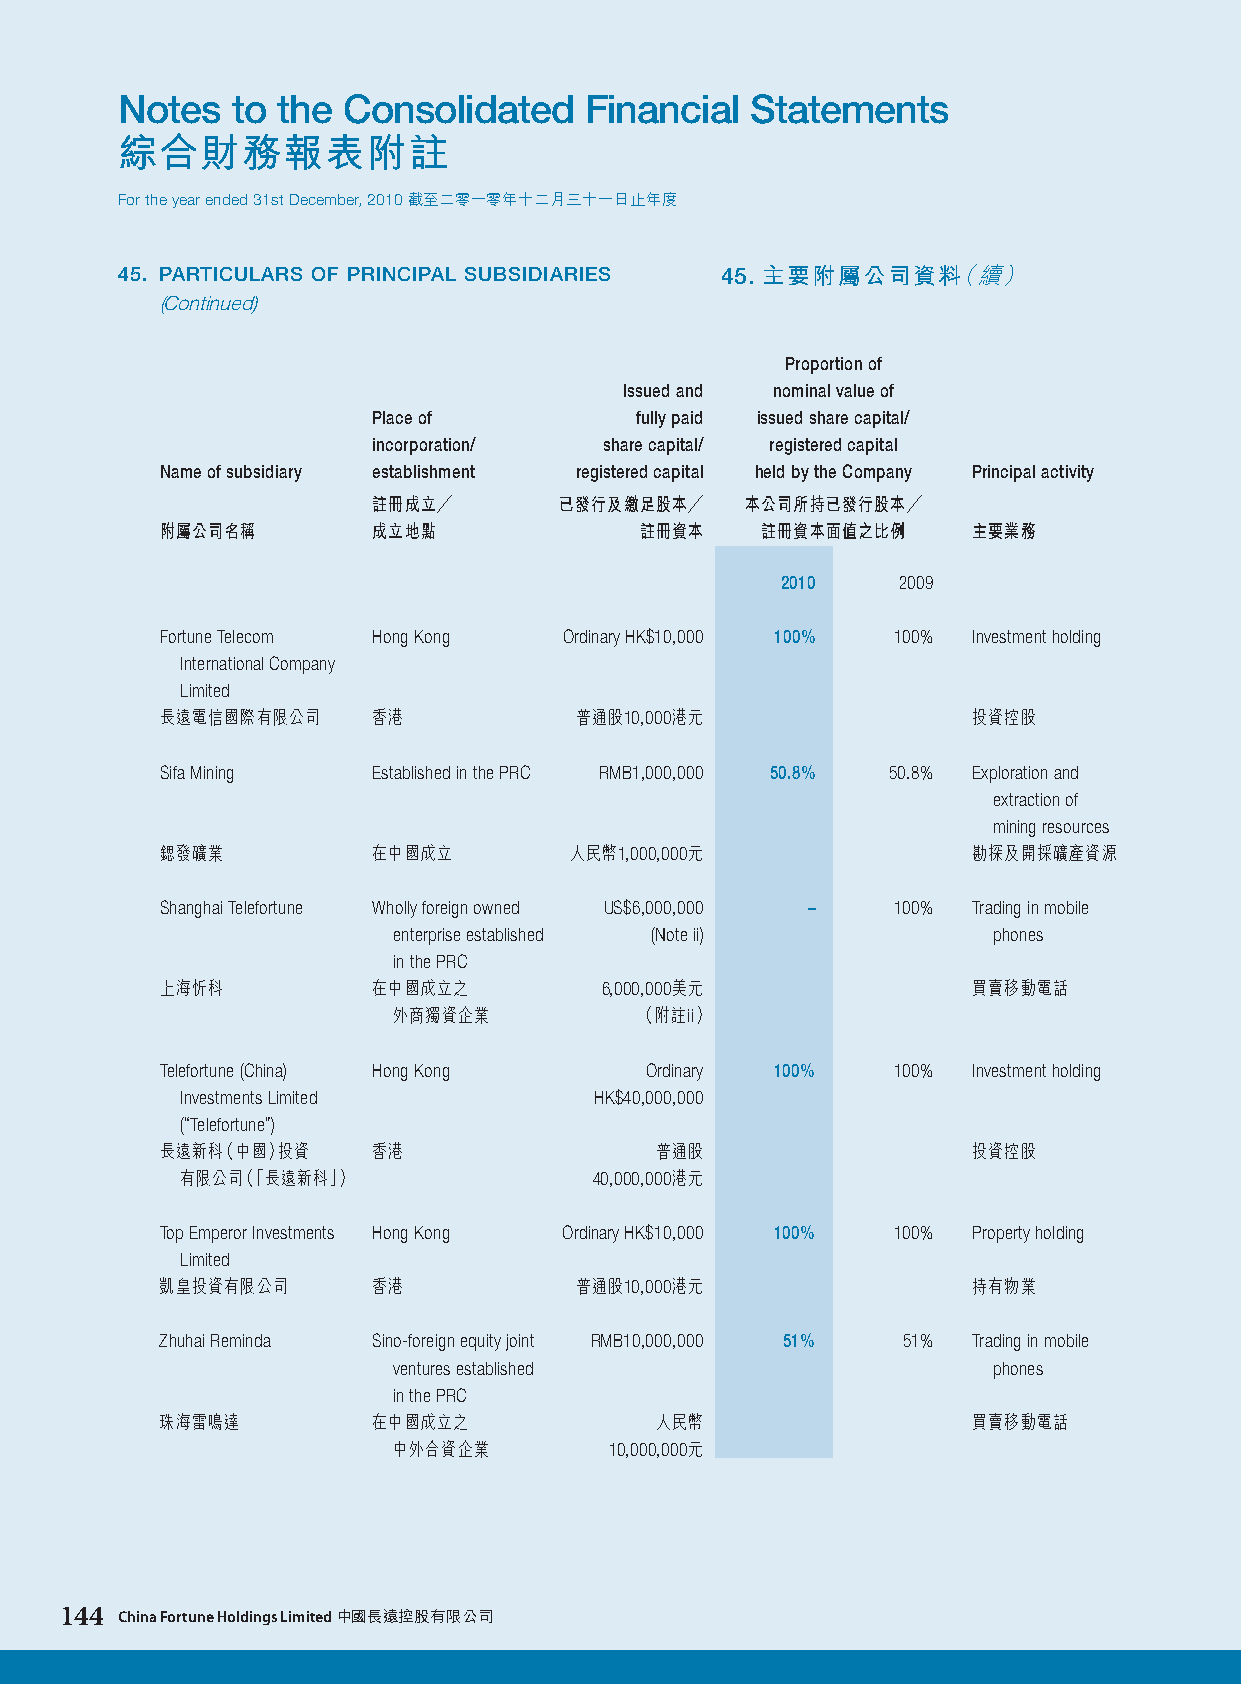
Notes  to the  Consolidated    Financial  Statements
 綜合財務報表附註
 For the year ended 31st December, 2010 截至二零一零年十二月三十一日止年度
 45. PARTICULARS OF PRINCIPAL SUBSIDIARIES 45. 主要附屬公司資料（續）
 (Continued)
 Proportion of
 Issued and nominal value of
 Place of         fully paid issued share capital/
 incorporation/ share capital/ registered capital
 Name of subsidiary establishment registered capital held by the Company Principal activity
 註冊成立╱       已發行及繳足股本╱   本公司所持已發行股本╱
 附屬公司名稱        成立地點             註冊資本    註冊資本面值之比例     主要業務
 2010   2009
 Fortune Telecom Hong Kong Ordinary HK$10,000 100% 100% Investment holding
 International Company
 Limited
 長遠電信國際有限公司    香港           普通股10,000港元               投資控股
 Sifa Mining   Established in the PRC RMB1,000,000 50.8% 50.8% Exploration and
 extraction of
 mining resources
 鍶發礦業          在中國成立        人民幣1,000,000元             勘探及開採礦產資源
 Shanghai Telefortune Wholly foreign owned US$6,000,000 – 100% Trading in mobile
 enterprise established (Note ii)        phones
 in the PRC
 上海忻科          在中國成立之         6,000,000美元             買賣移動電話
 外商獨資企業          （附註ii）
 Telefortune (China) Hong Kong   Ordinary 100%   100% Investment holding
 Investments Limited        HK$40,000,000
 (“Telefortune”)
 長遠新科（中國）投資    香港                普通股                  投資控股
 有限公司（「長遠新科」）               40,000,000港元
 Top Emperor Investments Hong Kong Ordinary HK$10,000 100% 100% Property holding
 Limited
 凱皇投資有限公司      香港           普通股10,000港元               持有物業
 Zhuhai Reminda Sino-foreign equity joint RMB10,000,000 51% 51% Trading in mobile
 ventures established                    phones
 in the PRC
 珠海雷鳴達         在中國成立之            人民幣                  買賣移動電話
 中外合資企業        10,000,000元
 144 China Fortune Holdings Limited 中國長遠控股有限公司